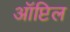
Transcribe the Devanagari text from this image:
ऑप्टिल